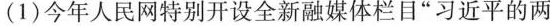
(1)今年人民网特别开设全新融媒体栏目“习近平的两